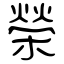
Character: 榮